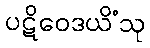
ပဋိဝေဒယိံသု